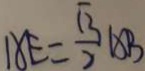
A E = \frac { \sqrt { 3 } } { 2 } A B